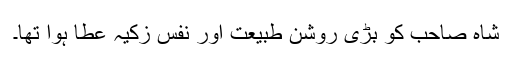
شاہ صاحبؒ کو بڑی روشن طبیعت اور نفسِ زکیہ عطا ہوا تھا۔